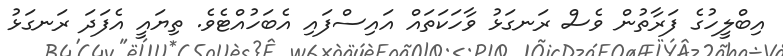
އިބްލީހުގެ ފަރާތުން ވެސް ރަނގަޅު ވާހަކަތައް އައިސްފައި އެބަހުއްޓެވެ. ތިޔައީ އެފަދަ ރަނގަޅު